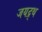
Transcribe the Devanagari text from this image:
जयद्र्थ